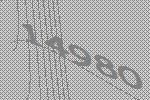
14980